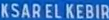
KSAR EL KEBIR